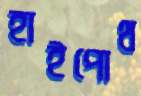
হাইপোথ